Report on vaccination in Madras 1895-1903 - 1895-1903
Year: 1895
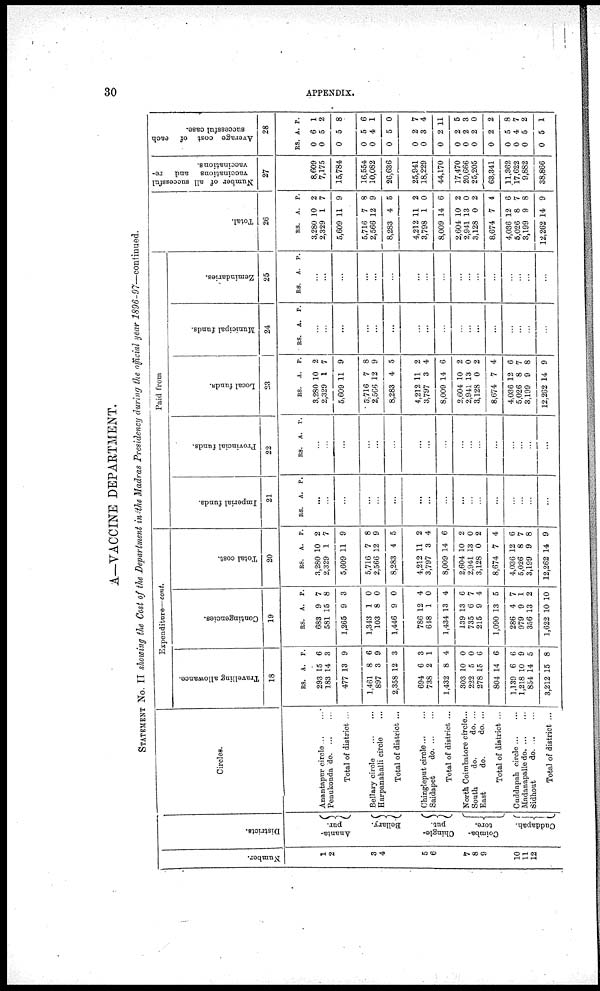
30
APPENDIX.
A—VACCINE DEPARTMENT.
STATEMENT No. II showing the Cost of the Department in the Madras Presidency during the official year 1896-97—continued.
Number.
1
2
3
4
5
6
7
8
9
10
11
12
Districts.
Ananta¬
pur.
Bellary.
Chingle-
put.
Coimba-
tore.
Cuddapah.
Circles.
Anantapur circle... ...
Penukonda do. ... ...
Total of district ...
Bellary circle
...
...
Harpanahalli circle ...
Total of district ...
Chingleput circle ... ...
Saidapet
do. ... ...
Total of district ...
North Coimbatore circle ...
South
do.
do. ...
East
do.
do. ...
Total of district ...
Cuddapah circle ... ...
Madanapalle do. ... ...
Sidhout
d
o
. ... ...
Total of district ...
Expenditure—cont.
Travelling allowance.
18
RS.
293
183
477
1,461
897
2,358
694
738
1,432
303
222
278
804
1,139
1,218
854
3,212
A.
15
14
13
8
3
12
6
2
8
10
5
15
14
6
10
14
15
P.
6
3
9
6
9
3
3
1
4
0
0
6
6
6
9
5
8
Contingencies.
19
RS.
683
581
1,265
1,343
103
1,446
786
648
1,434
139
735
215
1,090
286
979
356
1,622
A.
9
15
9
1
8
9
12
1
13
13
6
9
13
4
9
13
10
P.
7
8
3
0
0
0
4
0
4
6
7
4
5
7
1
2
10
Total cost.
20
RS.
3,280
2,329
5,609
5,716
2,566
8,283
4,212
3,797
8,009
2,604
2,941
3,128
8,674
4,036
5,026
3,199
12,262
A.
10
1
11
7
12
4
11
3
14
10
13
0
7
12
8
9
14
P.
2
7
9
8
9
5
2
4
6
2
0
2
4
6
7
8
9
Paid from
Imperial funds.
21
RS. A. P.
...
...
...
...
...
...
...
...
...
...
...
...
...
...
...
...
...
Provincial funds.
22
RS. A. P.
...
...
...
...
...
...
...
...
...
...
...
...
...
...
...
...
...
Local funds.
23
RS.
3,280
2,329
5,609
5,716
2,566
8,283
4,212
3,797
8,009
2,604
2,941
3,128
8,674
4,036
5,026
3,199
12,262
A.
10
1
11
7
12
4
11
3
14
10
13
0
7
12
8
9
14
P.
2
7
9
8
9
5
2
4
6
2
0
2
4
6
7
8
9
Municipal funds.
24
RS. A. P.
...
...
...
...
...
...
...
...
...
...
...
...
...
...
...
...
...
Zemindaries.
25
RS. A. P.
...
...
...
...
...
...
...
...
...
...
...
...
...
...
...
...
...
Total.
26
RS.
3,280
2,329
5,609
5,716
2,566
8,283
4,212
3,798
8,009
2,604
2,941
3,128
8,674
4,036
5,026
3,199
12,262
A.
10
1
11
7
12
4
11
1
14
10
13
0
7
12
8
9
14
P.
2
7
9
8
9
5
2
0
6
2
0
2
4
6
7
8
9
Number of all successful
vaccinations and
re-
vaccinations.
27
8,609
7,175
15,784
16,554
10,082
26,636
25,941
18,229
44,170
17,470
20,666
25,205
63,341
11,362
17,622
9,882
38,866
Average cost of each
successful case.
28
RS.
0
0
0
0
0
0
0
0
0
0
0
0
0
0
0
0
0
A.
6
5
5
5
4
5
2
3
2
2
2
2
2
5
4
5
5
P.
1
2
8
6
1
0
7
4
11
5
3
0
2
8
7
2
1